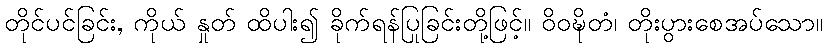
တိုင်ပင်ခြင်း, ကိုယ် နှုတ် ထိပါး၍ ခိုက်ရန်ပြုခြင်းတို့ဖြင့်။ ဝိဝဍ္ဎိတံ၊ တိုးပွားစေအပ်သော။